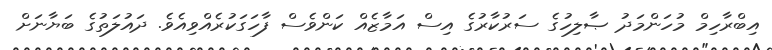
އިބްރާހިމް މުހަންމަދު ޞާލިހުގެ ސަރުކާރުގެ އިސް އަމާޒެއް ކަންވެސް ފާހަގަކުރެއްވިއެވެ. ދައުލަތުގެ ބަޔާނަށް